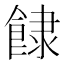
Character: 𩛾